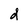
Character: d